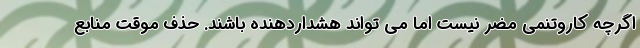
اگرچه کاروتنمی مضر نیست اما می تواند هشداردهنده باشند. حذف موقت منابع